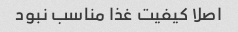
اصلا کیفیت غذا مناسب نبود